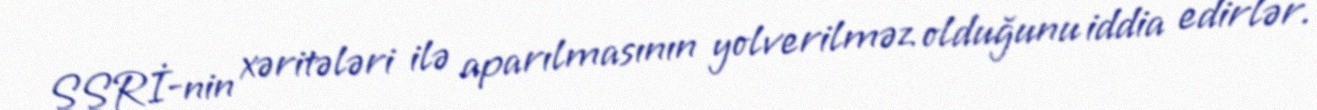
SSRİ-nin xəritələri ilə aparılmasının yolverilməz olduğunu iddia edirlər.